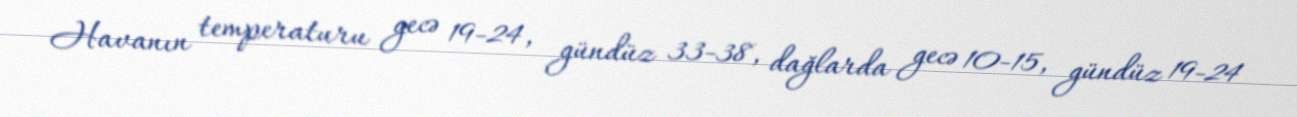
Havanın temperaturu gecə 19-24, gündüz 33-38, dağlarda gecə 10-15, gündüz 19-24